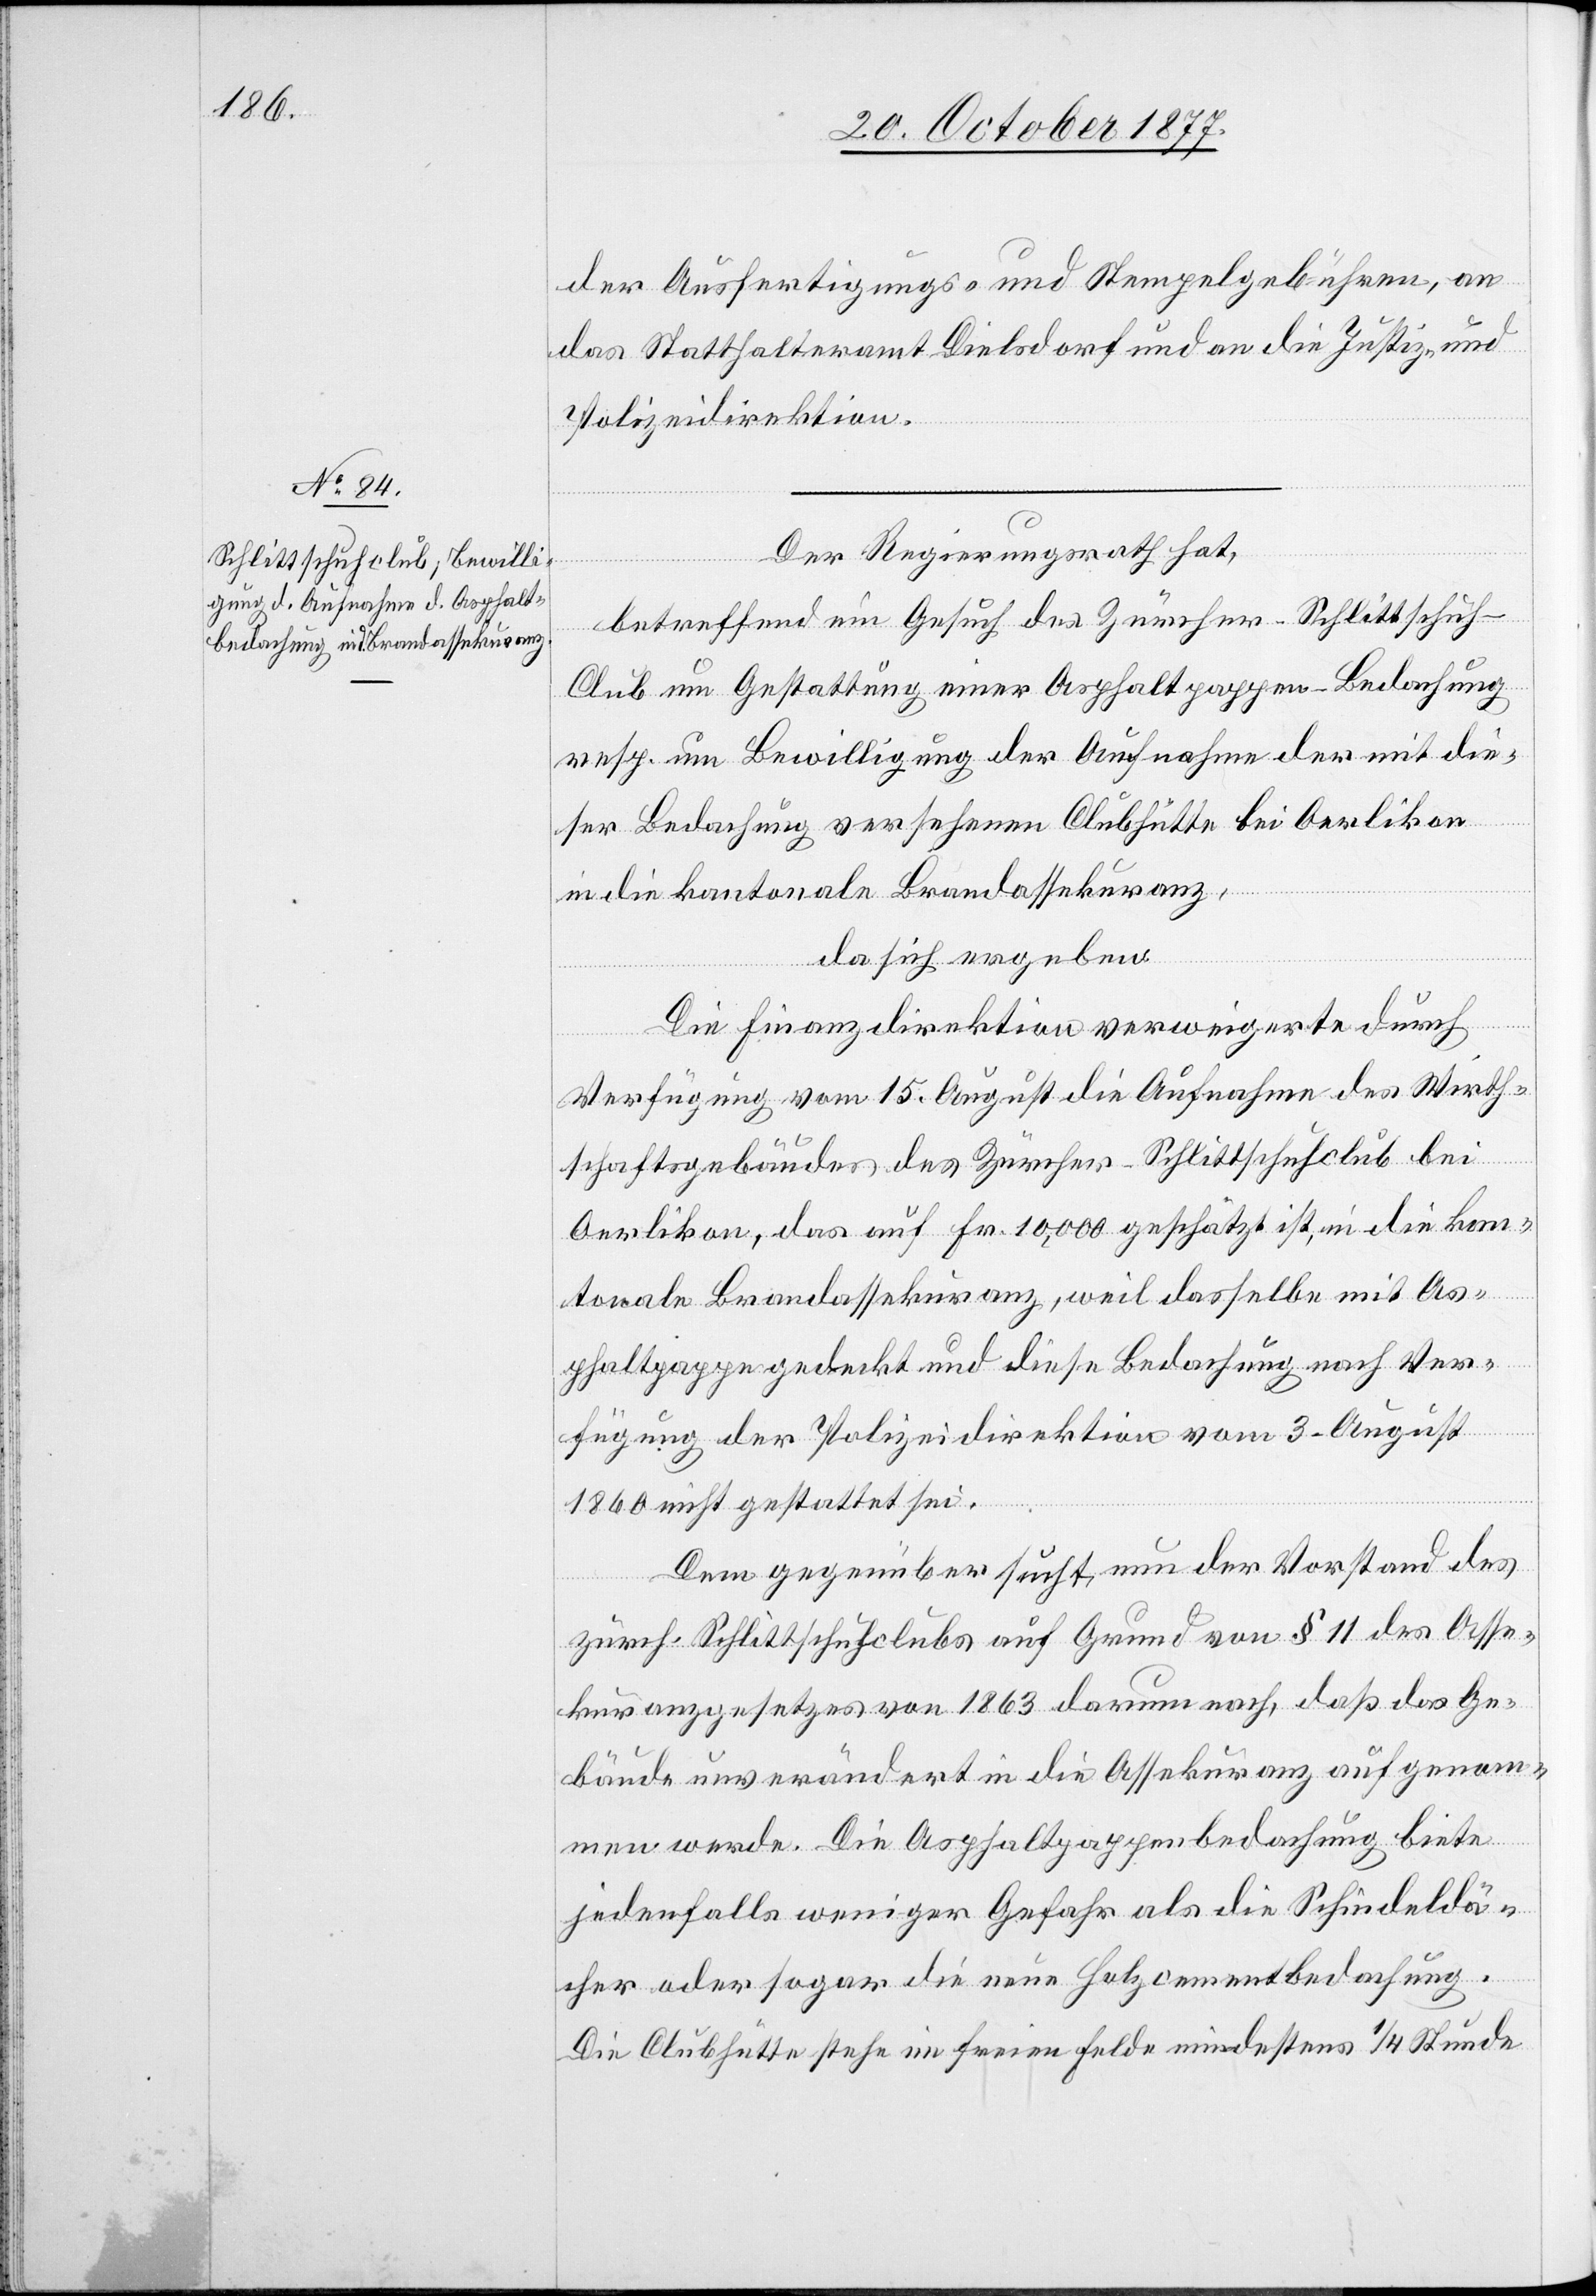
der Ausfertigungs- und Stempelgebühren, an
das Statthalteramt Dielsdorf und an die Justiz- und
Polizeidirektion.
Der Regierungsrath hat,
betreffend ein Gesuch des Zürcher-Schlittschuh-C¬
lub um Gestattung einer Asphaltpappen-Bedachung
resp. um Bewilligung der Aufnahme der mit die¬
ser Bedachung versehenen Clubhütte bei Oerlikon
in die kantonale Brandassekuranz,
da sich ergeben:
Die Finanzdirektion verweigerte durch
Verfügung vom 15. August die Aufnahme des Wirth¬
schaftsgebäudes des Zürcher-Schlittschuhclub bei
Oerlikon, das auf Fr. 10,000 geschätzt ist, in die kan¬
tonale Brandassekuranz, weil dasselbe mit As¬
phaltpappe gedeckt und diese Bedachung nach Ver¬
fügung der Polizeidirektion vom 3. August
1860 nicht gestattet sei.
Dem gegenüber sucht nun der Vorstand des
zürch. Schlittschuhclubs auf Grund von § 11 des Asse¬
kuranzgesetzes von 1863 darum nach, daß das Ge¬
bäude unverändert in die Assekuranz aufgenom¬
men werde. Die Asphaltpappenbedachung biete
jedenfalls weniger Gefahr als die Schindeldä¬
cher oder sogar die neue Holzcementbedachung.
Die Clubhütte stehe im freien Felde mindestens 1/4 Stunde